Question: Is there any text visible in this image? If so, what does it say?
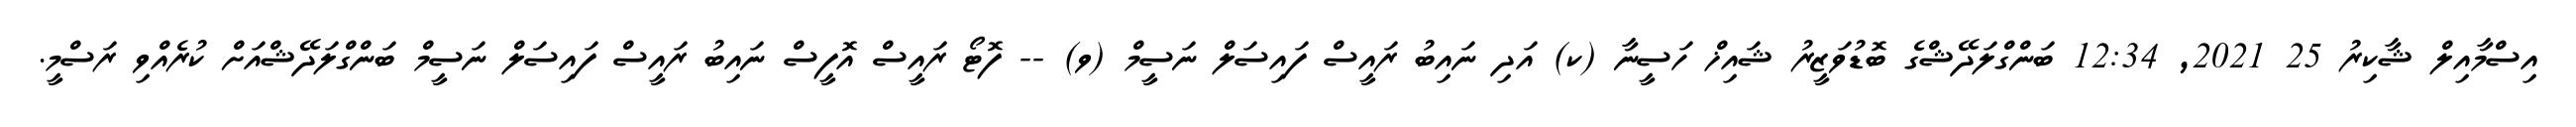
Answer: އިސްމާއިލް ޝާކިރު 25 2021, 12:34 ބަންގްލަދޭޝްގެ ބޮޑުވަޒީރު ޝައިޚް ހަސީނާ (ކ) އަދި ނައިބު ރައީސް ފައިސަލް ނަސީމް (ވ) -- ފޮޓޯ ރައީސް އޮފީސް ނައިބު ރައީސް ފައިސަލް ނަސީމް ބަންގްލަދޭޝްއަށް ކުރެއްވި ރަސްމީ.